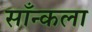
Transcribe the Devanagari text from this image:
साँन्कला